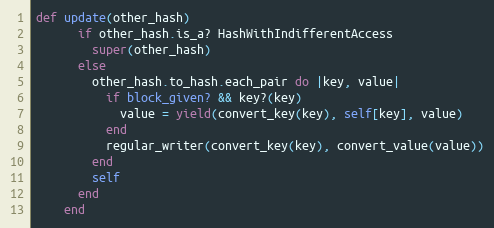
Language: Ruby
def update(other_hash)
      if other_hash.is_a? HashWithIndifferentAccess
        super(other_hash)
      else
        other_hash.to_hash.each_pair do |key, value|
          if block_given? && key?(key)
            value = yield(convert_key(key), self[key], value)
          end
          regular_writer(convert_key(key), convert_value(value))
        end
        self
      end
    end